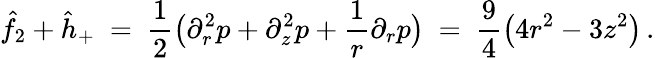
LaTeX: \hat{f}_{2}+\hat{h}_{+}\ =\ \frac 12\big(\partial_{r}^{2}p+\partial_{z}^{2}p+\frac 1r\partial_{r}p\big)\ =\ \frac 94\big(4r^{2}-3z^{2}\big)\, .